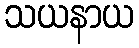
သယနာယ